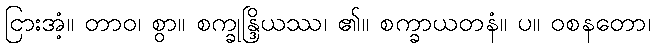
ငြားအံ့။ တာဝ၊ စွာ။ စက္ခုန္ဒြိယဿ၊ ၏။ စက္ခာယတနံ။ ပ။ ဝစနတော၊